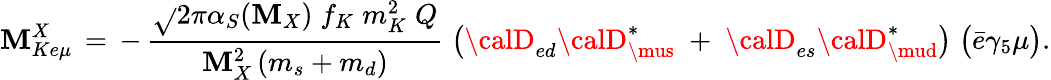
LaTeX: {\cal\mathbf{M}}_{Ke\mu}^{X}\, =\, -\, \frac{{\sqrt{}{2}\pi\alpha_{S}(\mathbf{M}_{X})\; f_{K}\; m_{K}^{2}\; Q}}{{\mathbf{M}_{X}^{2}\, (m_{s}+m_{d})}}\; \big({\calD}_{ed}{\calD}_{\mus}^{*}\; +\; {\calD}_{es}{\calD}_{\mud}^{*}\big)\; \big(\bar{{e}}\gamma_{5}\mu\big).